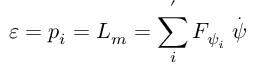
\varepsilon = p _ { i } = L _ { m } = \sum _ { i } ^ { ^ { \prime } } F _ { \psi _ { i } } \stackrel { . } { \psi }